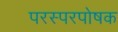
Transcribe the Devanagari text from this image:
परस्परपोषक